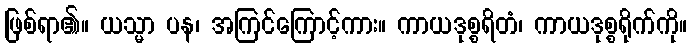
ဖြစ်ရာ၏။ ယသ္မာ ပန၊ အကြင်ကြောင့်ကား။ ကာယဒုစ္စရိတံ၊ ကာယဒုစ္စရိုက်ကို။